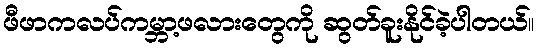
ဖီဖာကလပ်ကမ္ဘာ့ဖလားတွေကို ဆွတ်ခူးနိုင်ခဲ့ပါတယ်။